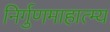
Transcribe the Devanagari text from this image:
निर्गुणमाहात्म्य